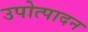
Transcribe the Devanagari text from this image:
उपोत्पादन